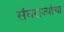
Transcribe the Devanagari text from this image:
संघराज्यांचा